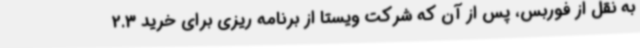
به نقل از فوربس، پس از آن که شرکت ویستا از برنامه ریزی برای خرید 2.3